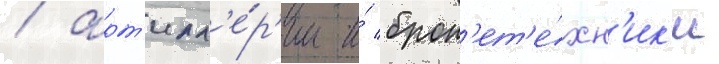
/ арт'илл'е́р'ии и́ брон'ет'е́хн'ик'и